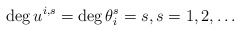
\begin{align*}\deg u^{i,s} = \deg \theta^s_i = s, s=1,2,\dots\end{align*}